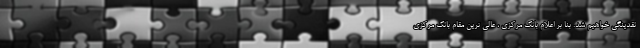
نقدینگی خواهیم شد. بنا بر اعلام بانک مرکزی ، عالی ترین مقام بانک مرکزی